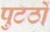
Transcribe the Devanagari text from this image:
पुटठों